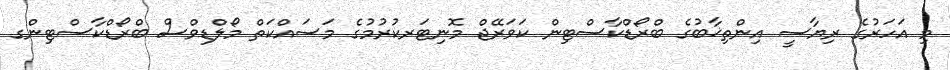
މި އަހަރުގެ ރިޔާސީ އިންތިޚާބުގެ ބްރޯޑްކާސްޓިން ކަވަރޭޖް މޮނިޓަރކުރުމުގެ މަސައްކަތް މޯލްޑިވްސް ބްރޯޑްކާސްޓިންގ